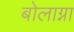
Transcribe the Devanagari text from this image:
बोलाग्ना